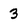
Character: 3